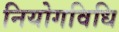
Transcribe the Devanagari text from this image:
नियोगविधि